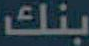
بنك